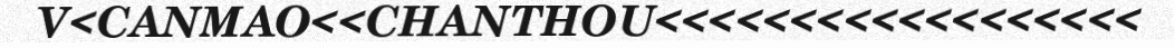
V<CANMAO<<CHANTHOU<<<<<<<<<<<<<<<<<<